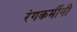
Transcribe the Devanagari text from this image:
रंगकर्मीनी